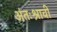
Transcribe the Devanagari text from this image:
अंतःश्रावी